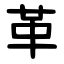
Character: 革